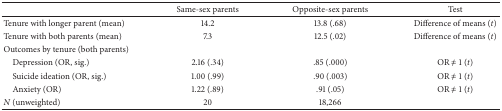
|  | Same-sex parents | Opposite-sex parents | Test |
 | --- | --- | --- | --- |
 | Tenure with longer parent (mean) | 14.2 | 13.8 (.68) | Difference of means (t) |
 | Tenure with both parents (mean) | 7.3 | 12.5 (.02) | Difference of means (t) |
 | Outcomes by tenure (both parents) |  |  |  |
 | Depression (OR, sig.) | 2.16 (.34) | .85 (.000) | OR ≠ 1 (t) |
 | Suicide ideation (OR, sig.) | 1.00 (.99) | .90 (.003) | OR ≠ 1 (t) |
 | Anxiety (OR) | 1.22 (.89) | .91 (.05) | OR ≠ 1 (t) |
 | N (unweighted) | 20 | 18,266 |  |